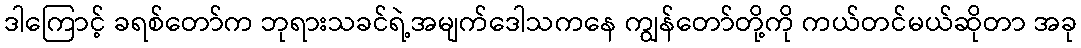
ဒါကြောင့် ခရစ်တော်က ဘုရားသခင်ရဲ့အမျက်ဒေါသကနေ ကျွန်တော်တို့ကို ကယ်တင်မယ်ဆိုတာ အခု